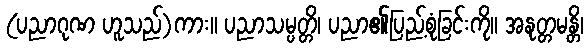
(ပညာဂုဏ ဟူသည်)ကား။ ပညာသမ္ပတ္တိ၊ ပညာ၏ပြည့်စုံခြင်းကို။ အနုတ္တမန္တိ၊